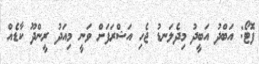
ފޮޓޯ: އަބްދު އަބީދު މިދެލަނޑު ޖެހި އަޝްރަފަށް ވަނީ މިއަދު ރީންދޫ ކާޑެއް